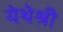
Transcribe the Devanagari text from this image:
येथेश्री